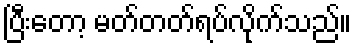
ပြီးတော့ မတ်တတ်ရပ်လိုက်သည်။